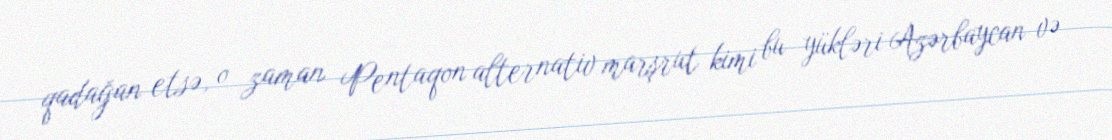
qadağan etsə, o zaman Pentaqon alternativ marşrut kimi bu yükləri Azərbaycan və